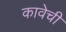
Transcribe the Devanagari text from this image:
कावेची